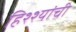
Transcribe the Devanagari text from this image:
हिश्श्यांची